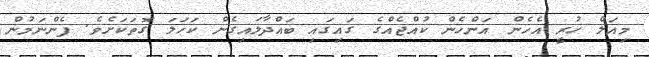
މިއަލް ހުރީ އެހެން އަންހެން ކުއްޖެއްގެ ގައިގައި ބައްދާލައިގެން ކަހަލަ ގޮތަކަށެވެ. ފެންނަމުން